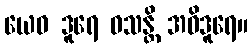
ယေဝ ဒူရေ ဝသန္တိ အဝိဒူရေ။